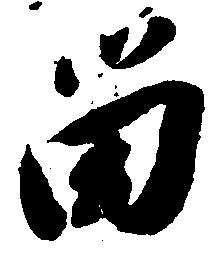
留